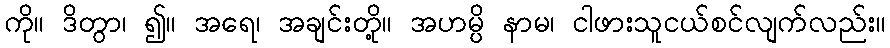
ကို။ ဒိတွာ၊ ၍။ အရေ၊ အချင်းတို့။ အဟမ္ပိ နာမ၊ ငါဖားသူငယ်စင်လျက်လည်း။